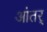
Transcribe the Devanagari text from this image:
आंतर्